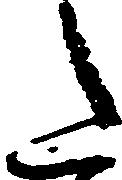
た